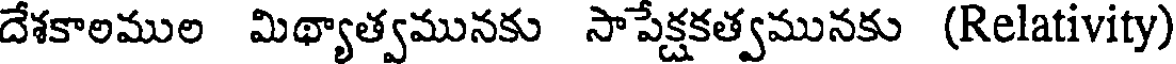
దేశకాలముల మిథ్యాత్వమునకు సాపేక్షకత్వమునకు (Relativity)